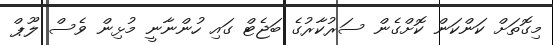
މިގޮތަށް ކަންކަން ކޮށްގެން ސަރުކާރުގެ ބަޖެޓް ގައި ހުންނާނީ މުޅިން ވެސް ލޫޕް